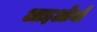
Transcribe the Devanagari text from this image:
आइओनो